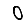
Digit: 0